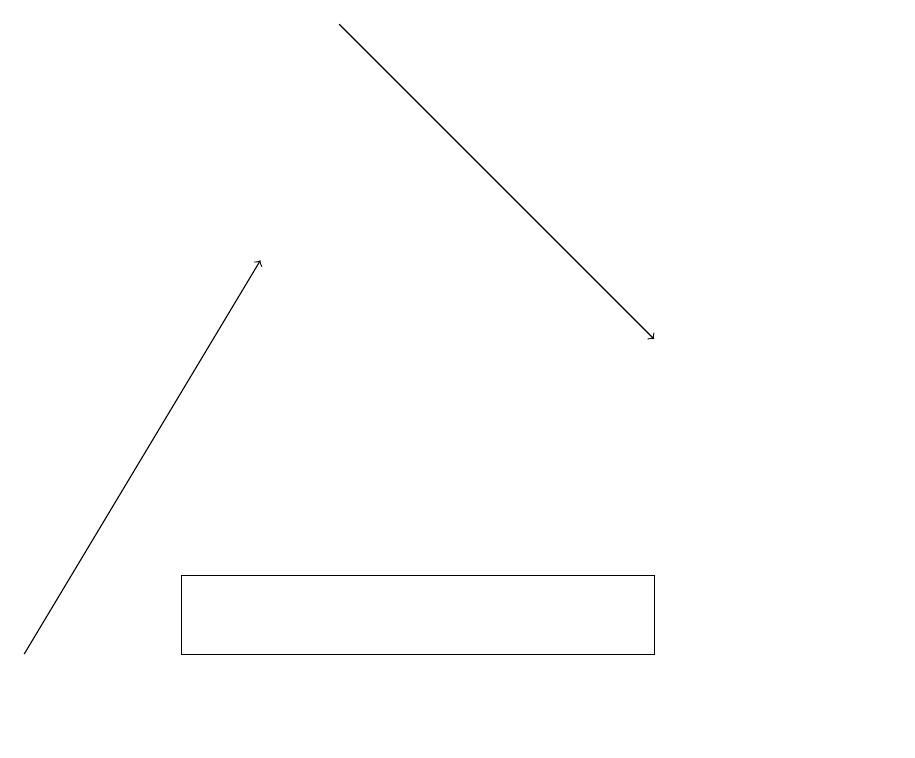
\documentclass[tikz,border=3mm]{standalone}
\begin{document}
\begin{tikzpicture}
\draw[->] (1,11) -- (4,16);
\draw (3,12) rectangle (9,11);
\draw (12,10) circle (0);
\draw[->] (5,19) -- (9,15);
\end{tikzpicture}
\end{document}